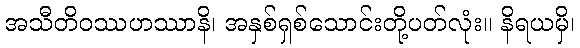
အသီတိဝဿဟဿာနိ၊ အနှစ်ရှစ်သောင်းတို့ပတ်လုံး။ နိရယမှိ၊